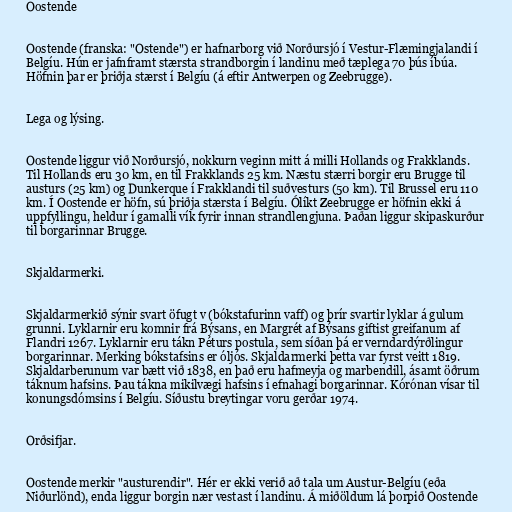
Oostende

Oostende (franska: "Ostende") er hafnarborg við Norðursjó í Vestur-Flæmingjalandi í
Belgíu. Hún er jafnframt stærsta strandborgin í landinu með tæplega 70 þús íbúa.
Höfnin þar er þriðja stærst í Belgíu (á eftir Antwerpen og Zeebrugge).

Lega og lýsing.

Oostende liggur við Norðursjó, nokkurn veginn mitt á milli Hollands og Frakklands.
Til Hollands eru 30 km, en til Frakklands 25 km. Næstu stærri borgir eru Brugge til
austurs (25 km) og Dunkerque í Frakklandi til suðvesturs (50 km). Til Brussel eru 110
km. Í Oostende er höfn, sú þriðja stærsta í Belgíu. Ólíkt Zeebrugge er höfnin ekki á
uppfyllingu, heldur í gamalli vík fyrir innan strandlengjuna. Þaðan liggur skipaskurður
til borgarinnar Brugge.

Skjaldarmerki.

Skjaldarmerkið sýnir svart öfugt v (bókstafurinn vaff) og þrír svartir lyklar á gulum
grunni. Lyklarnir eru komnir frá Býsans, en Margrét af Býsans giftist greifanum af
Flandri 1267. Lyklarnir eru tákn Péturs postula, sem síðan þá er verndardýrðlingur
borgarinnar. Merking bókstafsins er óljós. Skjaldarmerki þetta var fyrst veitt 1819.
Skjaldarberunum var bætt við 1838, en það eru hafmeyja og marbendill, ásamt öðrum
táknum hafsins. Þau tákna mikilvægi hafsins í efnahagi borgarinnar. Kórónan vísar til
konungsdómsins í Belgíu. Síðustu breytingar voru gerðar 1974.

Orðsifjar.

Oostende merkir "austurendir". Hér er ekki verið að tala um Austur-Belgíu (eða
Niðurlönd), enda liggur borgin nær vestast í landinu. Á miðöldum lá þorpið Oostende